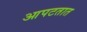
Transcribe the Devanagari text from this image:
आपटतात